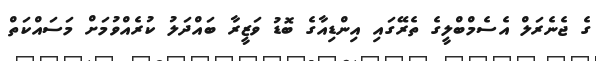
ގެ ޖެނެރަލް އެސެމްބްލީގެ ތެރޭގައި އިންޑިއާގެ ބޮޑު ވަޒީރާ ބައްދަލު ކުރެއްވުމަށް މަސައްކަތް